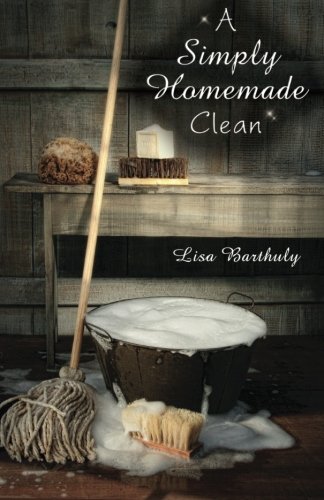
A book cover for A Simply Homemade Clean: How to Make Your Own Cleaning Products; Lisa Barthuly; Crafts, Hobbies & Home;